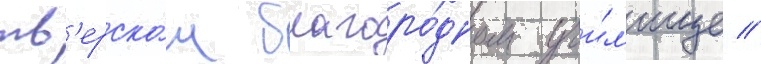
тв'ерско́м благоро́дном учи́л'ище //